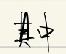
其中